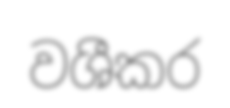
වශීකර